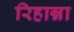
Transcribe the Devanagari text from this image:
रिहान्ना